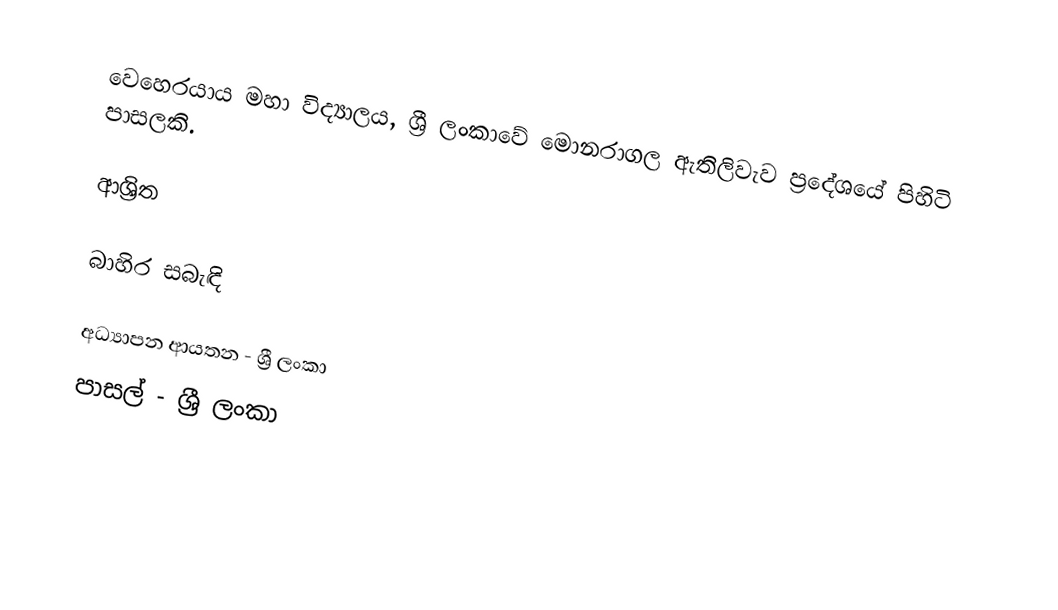
වෙහෙරයාය මහා විද්‍යාලය, ශ්‍රී ලංකාවේ මොනරාගල ඇතිලිවැව ප්‍රදේශයේ පිහිටි පාසලකි.

ආශ්‍රිත

බාහිර සබැඳි

අධ්‍යාපන ආයතන - ශ්‍රී ලංකා
පාසල් - ශ්‍රී ලංකා